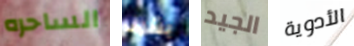
الساحره بشرف الجيد الأدوية